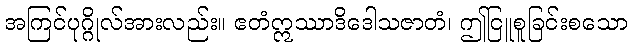
အကြင်ပုဂ္ဂိုလ်အားလည်း။ ဧတံဣဿာဒိဒေါသဇာတံ၊ ဤငြူစူခြင်းစသော